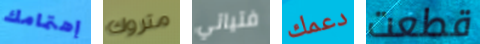
إهتمامك متروك فتياتي دعمك قطعت